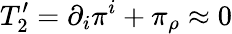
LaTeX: T_{2}^{\prime}=\partial_{i}\pi^{i}+\pi_{\rho}\approx 0